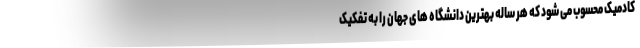
کادمیک محسوب می شود که هر ساله بهترین دانشگاه های جهان را به تفکیک